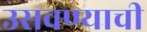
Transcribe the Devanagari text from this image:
उसवण्याची